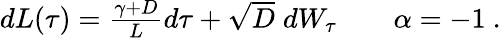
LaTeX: \begin{array}{r}{dL(\tau)=\frac{\gamma+D}{L}d\tau+\sqrt{D}\; dW_{\tau}\qquad\alpha=-1\ .}\end{array}